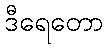
ဒီရေတော